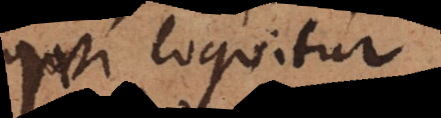
qui loquitur